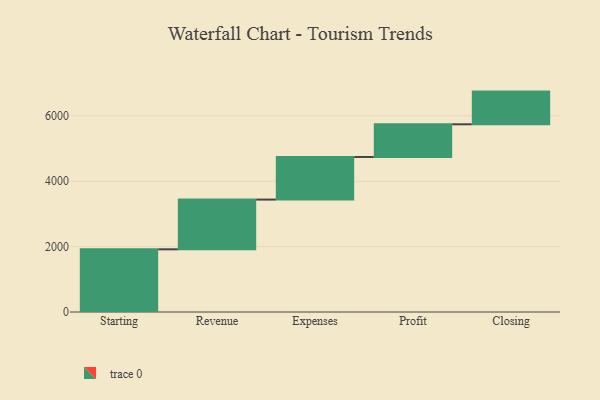
{"axis": {"x": "Step", "y": "Value"}, "legend": [""], "data": [{"x": "Starting", "y": 1918.0, "type": ""}, {"x": "Revenue", "y": 1521.0, "type": ""}, {"x": "Expenses", "y": 1304.0, "type": ""}, {"x": "Profit", "y": 1000, "type": ""}, {"x": "Closing", "y": 1000, "type": ""}]}